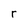
Character: r